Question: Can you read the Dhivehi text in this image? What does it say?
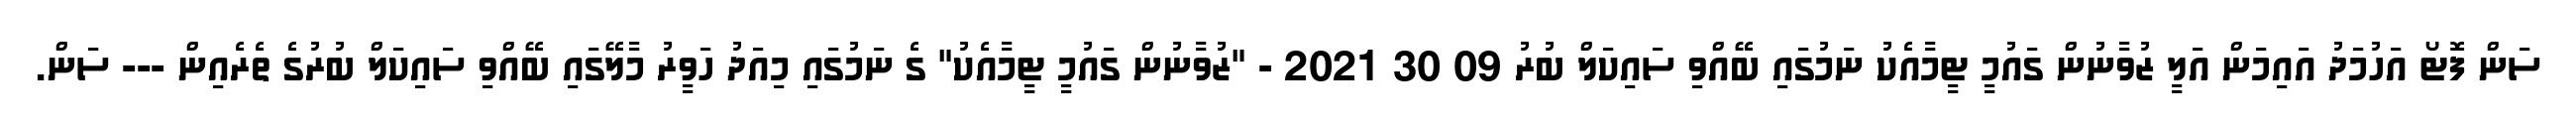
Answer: ސަން ފޮޓޯ އަހުމަދު އައިމަން އަލީ ޒުވާނުން ގައުމީ ޓީމާއެކު ނަމުގައި ބޭއްވި ސައިކަލް ބުރު 09 30 2021 - "ޒުވާނުން ގައުމީ ޓީމާއެކު" ގެ ނަމުގައި މިއަދު ހަވީރު މާލޭގައި ބޭއްވި ސައިކަލް ބުރުގެ ތެރެއިން --- ސަން.